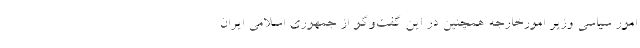
امور سیاسی وزیر امورخارجه همچنین در این گفت‌وگو از جمهوری اسلامی ایران